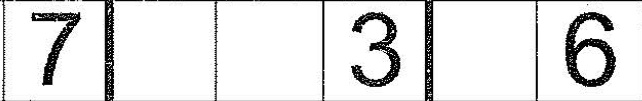
7 3 6